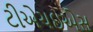
ટીએચઇએસ